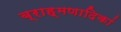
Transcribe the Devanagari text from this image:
ब्राह्मणादिकां